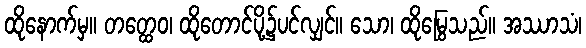
ထိုနောက်မှ။ တတ္ထေဝ၊ ထိုတောင်ပို့၌ပင်လျှင်။ သော၊ ထိုမြွေသည်။ အဿာသံ၊